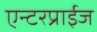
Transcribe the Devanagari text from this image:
एन्टरप्राईज